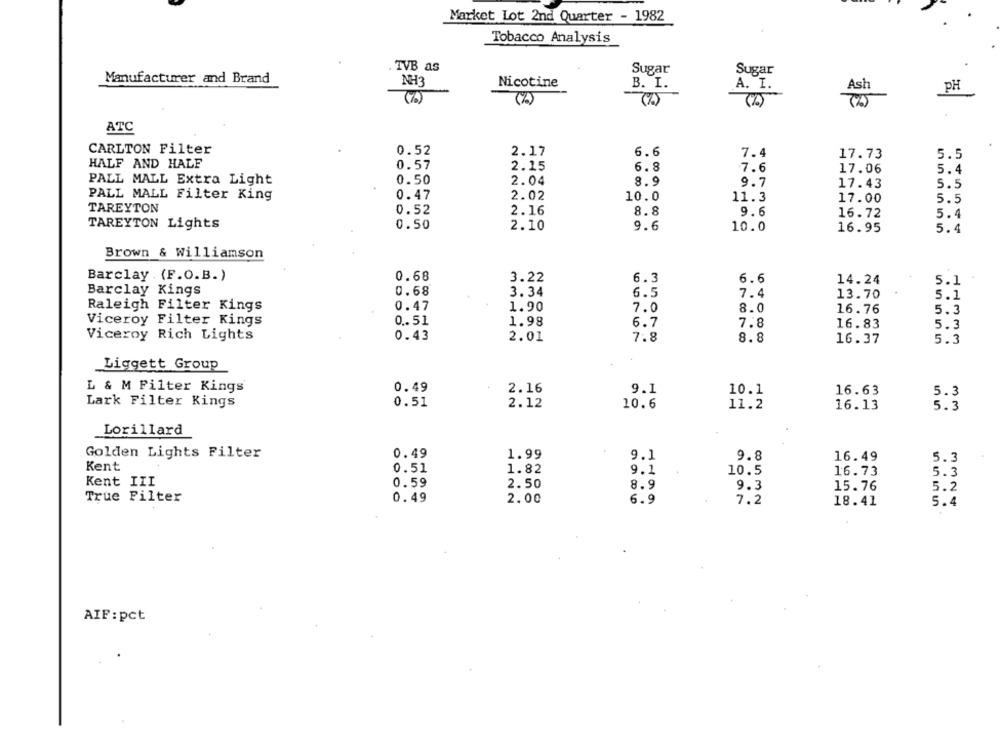
Market Lot 2nd Quarter - 1982
Tobacco Analysis
TVB as
Sugar
Sugar
Manufacturer and Brand
NH3
Nicotine
B. I.
A. I.
Ash
PH
ATC
CARLTON Filter
0.52
6.6
2.17
7.4
17.73
5.5
HALF AND HALF
0.57
2.15
6.8
7.6
17.06
5.4
PALL MALL Extra Light
0.50
2.04
8.9
9.7
17.43
5.5
PALL MALL Filter King
0.47
2.02
10.0
11.3
17.00
5.5
TAREYTON
0.52
2.16
8.8
9.6
16.72
5.4
TAREYTON Lights
0.50
2.10
9.6
10.0
16.95
5.4
Brown & Williamson
Barclay . (F.O.B.)
0.68
6.3
6.6
3.22
14.24
5.1
Barclay Kings
0.68
3.34
7.4
6.5
13.70
5.1
Raleigh Filter Kings
0.47
1.90
7.0
8.0
16.76
5.3
Viceroy Filter Kings
0.51
1.98
6.7
7.8
16.83
5.3
Viceroy Rich Lights
0.43
2.01
7.8
8.8
16.37
5.3
Liggett Group
L & M Filter Kings
0.49
2.16
9.1
10.1
16.63
5.3
Lark Filter Kings
0.51
2.12
10.6
11.2
16.13
5.3
Lorillard
Golden Lights Filter
0.49
1.99
9.1
9.8
16.49
5.3
Kent
0.51
1.82
9.1
10.5
16.73
5.3
Kent III
0.59
2.50
8.9
9.3
15.76
5.2
True Filter
0. 49
2.00
6.9
7.2
18.41
5.4
AIF:pct